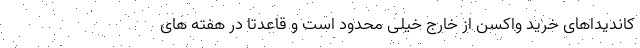
کاندیداهای خرید واکسن از خارج خیلی محدود است و قاعدتا در هفته های